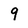
Character: 9